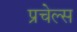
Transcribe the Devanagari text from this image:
प्रचेल्स